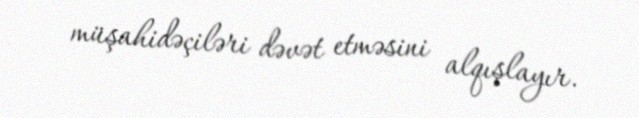
müşahidəçiləri dəvət etməsini alqışlayır.